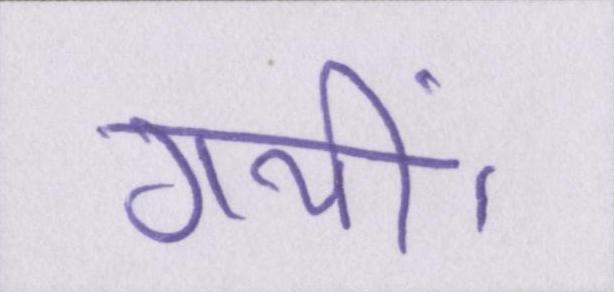
गयीं।